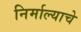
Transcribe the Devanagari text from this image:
निर्माल्याचे